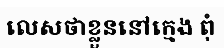
លេសថាខ្លួននៅក្មេង ពុំ